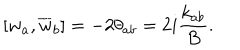
\left[ w _ { a } , \overline { { { w } } } _ { b } \right] = - 2 \theta _ { a b } = 2 i \frac { k _ { a b } } { B } .